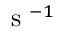
\mathrm { ~ s ~ } ^ { - 1 }